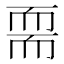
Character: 𦓔